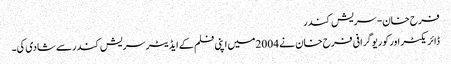
فرح خان-سریش کندر
ڈائریکٹر اورکوریوگرافی فرح خان نے 2004میں اپنی فلم کے ایڈیٹرسریش کندرسے شادی کی۔